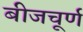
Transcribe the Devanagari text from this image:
बीजचूर्ण